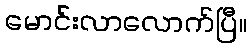
မောင်းလာလောက်ပြီ။